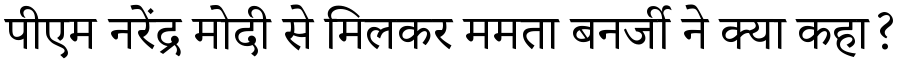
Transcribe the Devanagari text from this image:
पीएम नरेंद्र मोदी से मिलकर ममता बनर्जी ने क्या कहा?